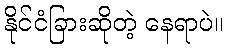
နိုင်ငံခြားဆိုတဲ့ နေရာပဲ။